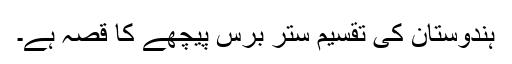
ہندوستان کی تقسیم ستر برس پیچھے کا قصہ ہے۔